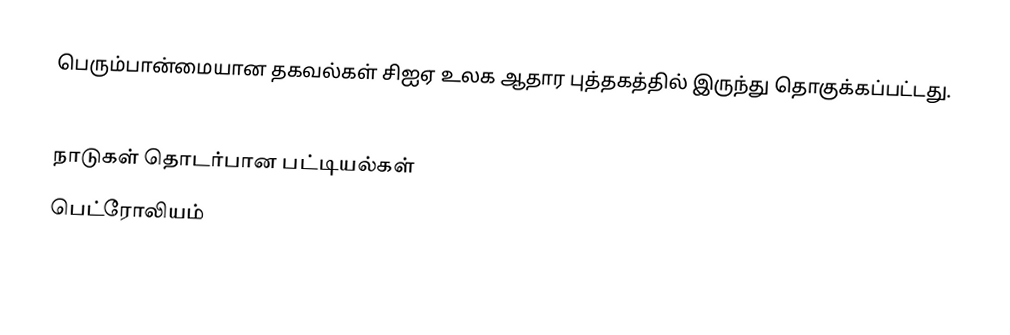
பெரும்பான்மையான தகவல்கள் சிஐஏ உலக ஆதார புத்தகத்தில் இருந்து தொகுக்கப்பட்டது.

நாடுகள் தொடர்பான பட்டியல்கள்
பெட்ரோலியம்